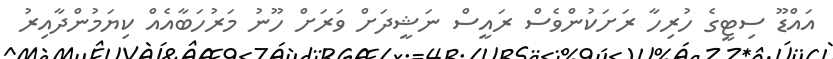
އައްޑޫ ސިޓީގެ ހުރިހާ ރަށަކުންވެސް ރައީސް ނަޝީދަށް ވަރަށް ހޫނު މަރުހަބާއެއް ކިޔަމުންދާއިރު